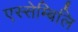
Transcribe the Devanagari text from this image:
एस्सेम्बिलि